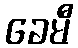
ခေမီ